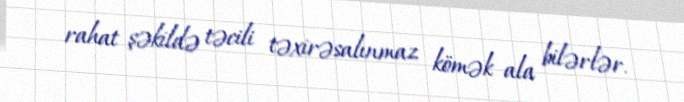
rahat şəkildə təcili təxirəsalınmaz kömək ala bilərlər.